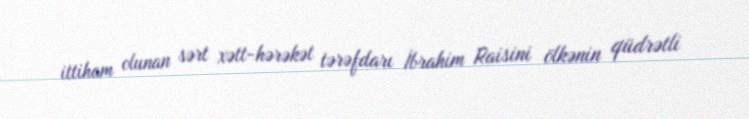
ittiham olunan sərt xətt-hərəkət tərəfdarı İbrahim Raisini ölkənin qüdrətli